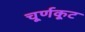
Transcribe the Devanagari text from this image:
चूर्णकूट